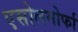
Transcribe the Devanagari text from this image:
एसोलमोर्फा